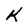
Character: K